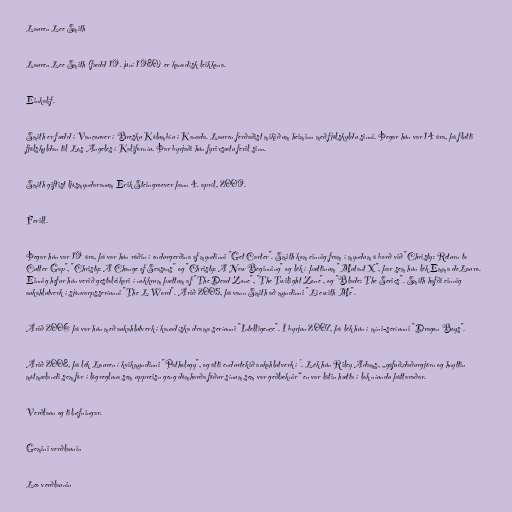
Lauren Lee Smith

Lauren Lee Smith (fædd 19. júní 1980) er kanadísk leikkona.

Einkalíf.

Smith er fædd í Vancouver í Bresku Kólumbíu í Kanada. Lauren ferðaðist mikið um heiminn með fjölskyldu sinni. Þegar hún var 14 ára, þá flutti
fjölskyldan til Los Angeles í Kaliforníu. Þar byrjaði hún fyrirsætu feril sinn.

Smith giftist ljósmyndaranum Erik Steingroever þann 4. apríl, 2009.

Ferill.

Þegar hún var 19 ára, þá var hún ráðin í endurgerðina af myndinni "Get Carter". Smith kom einnig fram í myndum á borð við "Christy: Return to
Cutter Gap", "Christy: A Change of Seasons" og "Christy: A New Beginning" og lék í þættinum "Mutant X", þar sem hún lék Emma deLauro.
Einnig hefur hún verið gestaleikari í nokkrum þættum af "The Dead Zone", "The Twilight Zone", og "Blade: The Series". Smith hafði einnig
aukahlutverk í sjónvarpsseríunni "The L Word". Árið 2005, þá vann Smith að myndinni "Lie with Me".

Árið 2006 þá var hún með aukahlutverk í kanadíska drama seríunni "Intelligence". Í byrjun 2007, þá lék hún í míni-seríunni "Dragon Boys".

Árið 2008, þá lék Lauren í kvikmyndinni "Pathology", og átti endurtekið aukahlutverk í '. Lék hún Riley Adams, „gáfuð,daðurgjörn og hnyttin
mótmælandi sem fór í lögregluna sem uppreisn geng dómharða föður sínum sem var geðlæknir“ en var látin hætta í lok níundu þáttaraðar.

Verðlaun og tilnefningar.

Gemini verðlaunin

Leo verðlaunin